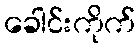
ခေါင်းကိုက်